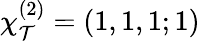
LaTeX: \chi_{\mathcal{T}}^{(2)}=(1,1,1;1)